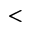
<